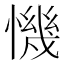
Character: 𢡧